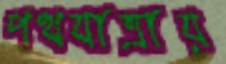
পথযাত্রায়